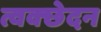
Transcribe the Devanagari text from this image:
त्वक्छेदन